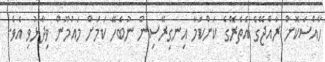
ހާއްސަކޮށް ރާއްޖޭގެ އެތެރޭގެ ކަންކަމާ އިނގިރޭސިން ނުބެހޭ ކަމަށް މައުމޫން ވިދާޅުވި އެވެ.